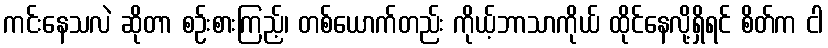
ကင်းနေသလဲ ဆိုတာ စဉ်းစားကြည့်၊ တစ်ယောက်တည်း ကိုယ့်ဘာသာကိုယ် ထိုင်နေလို့ရှိရင် စိတ်က ငါ